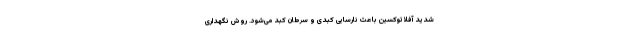
شدید آفلاتوکسین باعث نارسایی کبدی و سرطان کبد می‌شود. روش نگهداری